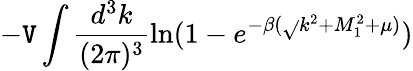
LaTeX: -\mathtt{V}\int\frac{{d^{3}k}}{{(2\pi)^{3}}}\ln(1-e^{-\beta(\sqrt{}{{k^{2}+M_{1}^{2}}}+\mu)})